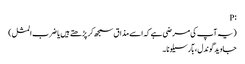
:P
(یہ آپ کی مرضی ہے کہ اسے مذاق سمجھ کر پڑھتے ہیں یا ضرب المثل)
جاوید گوندل ، بآرسیلونا ۔